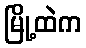
မြို့ထဲက